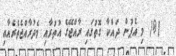
(@) މި އެޕުން ދައްކާ ގޮތުގައި ރާއްޖޭގެ އުތުރާއި މެދުރާއްޖެތެރެއާއި